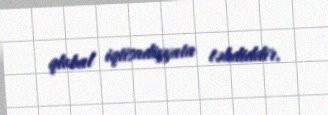
qlobal iqtisadiyyata təhdiddir.